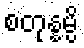
စတုန္နမ္ပိ